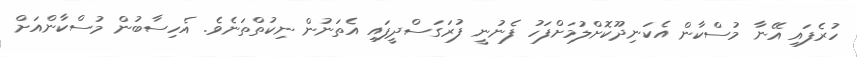
ހުރެފައި އޭނާ މުސްކާން އެކަނިދޫކޮށްލުމަށްފަހު ފެނުނީ ފުރަގަސްދީފައި އެތަނުން ނިކުތްތަނެވެ. އެހިސާބުން މުސްކާންއަށް